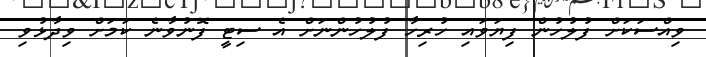
ވިއްސަކަށް ފުލުހުން ފިޔަވައި ހުރިހާ ފުލުހުންނަށް އެ ސިޓީ ފޮނުވާނެ ކަމަށް ވިދާޅުވި